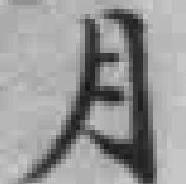
月